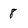
Character: 8